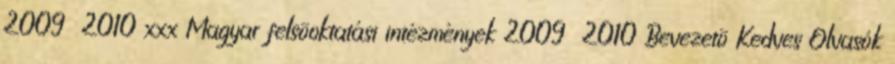
2009 2010 xxx Magyar felsõoktatási intézmények 2009 2010 Bevezetõ Kedves Olvasók